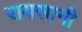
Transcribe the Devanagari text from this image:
रायसानी